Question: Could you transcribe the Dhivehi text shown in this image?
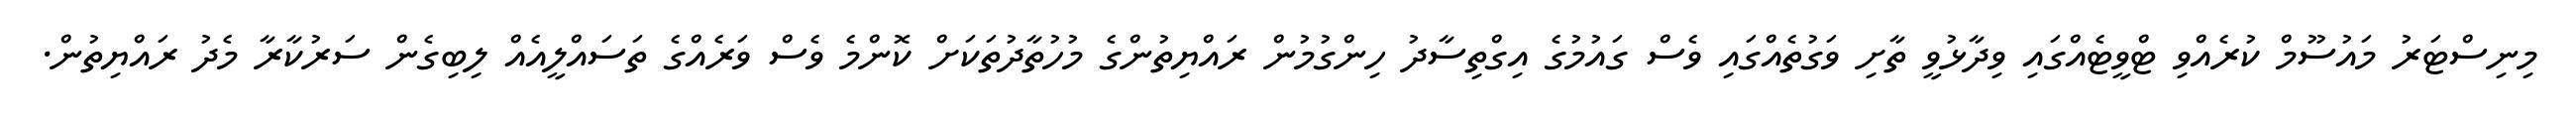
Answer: މިނިސްޓަރު މައުސޫމް ކުރެއްވި ޓްވީޓެއްގައި ވިދާޅުވީ ތާށި ވަގުތެއްގައި ވެސް ގައުމުގެ އިގްތިސާދު ހިންގުމުން ރައްޔިތުންގެ މުހުތާދުތަކަށް ކޮންމެ ވެސް ވަރެއްގެ ތަސައްލީއެއް ލިބިގެން ސަރުކާރާ މެދު ރައްޔިތުން.